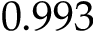
0 . 9 9 3